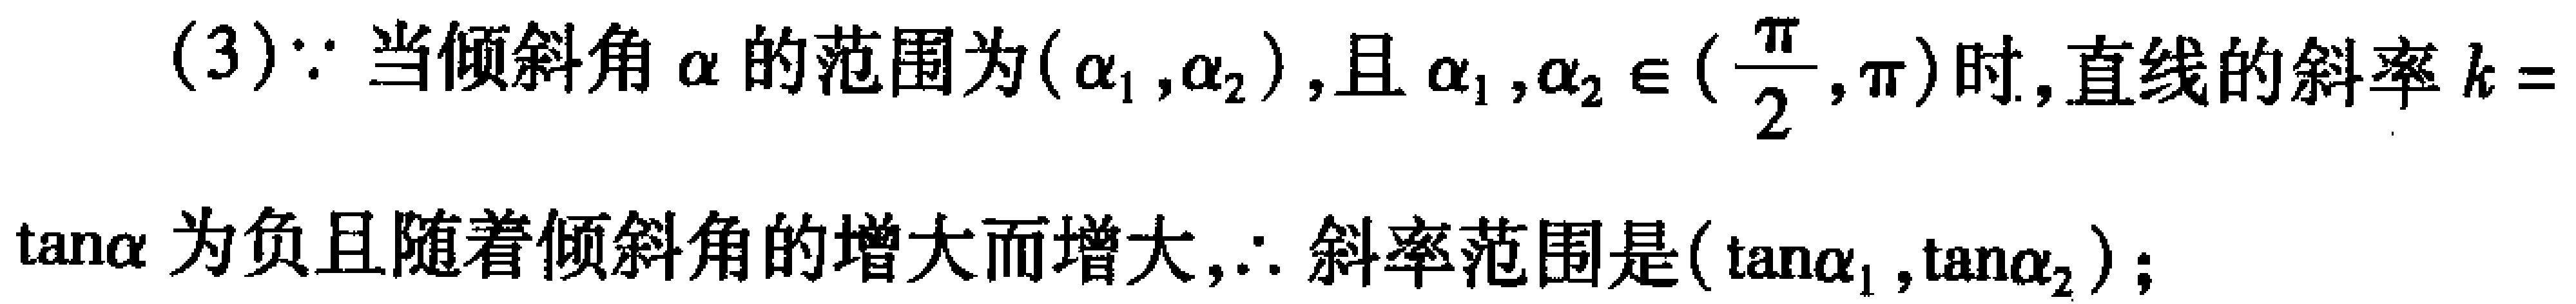
(3)$\because$当倾斜角$\alpha$的范围为$(\alpha_1,\alpha_2)$,且$\alpha_1,\alpha_2\in(\frac{\pi}{2},\pi)$时,直线的斜率$k =$
$\tan\alpha$为负且随着倾斜角的增大而增大,$\therefore$斜率范围是$(\tan\alpha_1,\tan\alpha_2)$;